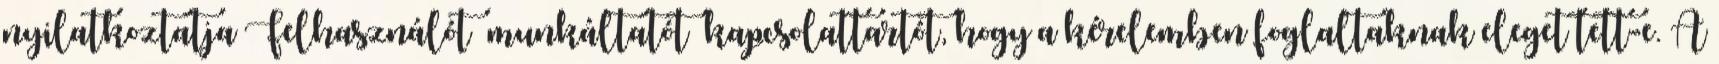
nyilatkoztatja Felhasználót munkáltatót kapcsolattartót, hogy a kérelemben foglaltaknak eleget tett-e. A